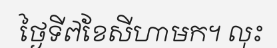
ថ្ងៃទី៧ខែសីហាមក។ លុះ